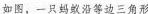
如图，一只蚂沿等边三角形